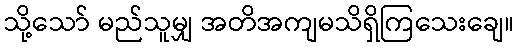
သို့သော် မည်သူမျှ အတိအကျမသိရှိကြသေးချေ။